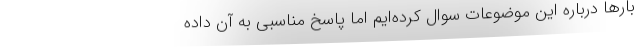
بارها درباره این موضوعات سوال کرده‌ایم اما پاسخ مناسبی به آن داده